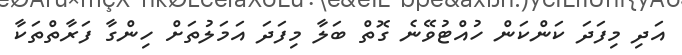
އަދި މިފަދަ ކަންކަން ހުއްޓުވޭނެ ގޮތް ބަލާ މިފަދަ އަމަލުތަށް ހިންގާ ފަރާތްތަކާ